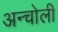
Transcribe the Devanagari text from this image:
अन्चोली